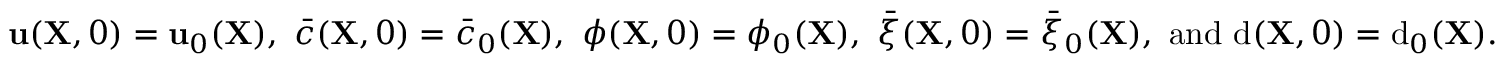
{ \bf u } ( { \bf X } , 0 ) = { \bf u } _ { 0 } ( { \bf X } ) , \, \, \bar { c } ( { \bf X } , 0 ) = \bar { c } _ { 0 } ( { \bf X } ) , \, \, \phi ( { \bf X } , 0 ) = \phi _ { 0 } ( { \bf X } ) , \, \, \bar { \xi } ( { \bf X } , 0 ) = \bar { \xi } _ { 0 } ( { \bf X } ) , \, \, \mathrm { a n d } \, \, \mathrm { d } ( { \bf X } , 0 ) = \mathrm { d } _ { 0 } ( { \bf X } ) .